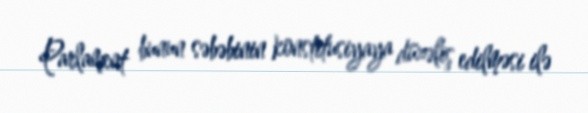
Parlament bunun səbəbinin konstitusiyaya düzəliş edilməsi ilə